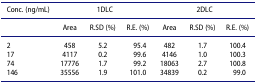
| Conc. (ng/mL) | <COLSPAN=3> 1DLC | <COLSPAN=3> 2DLC |
 |  | Area | R.SD (%) | R.E. (%) | Area | R.SD (%) | R.E. (%) |
 | --- | --- | --- | --- | --- | --- | --- |
 | 2 | 458 | 5.2 | 95.4 | 482 | 1.7 | 100.4 |
 | 17 | 4117 | 0.2 | 99.6 | 4146 | 1.0 | 100.3 |
 | 74 | 17776 | 1.7 | 99.2 | 18063 | 2.7 | 100.8 |
 | 146 | 35556 | 1.9 | 101.0 | 34839 | 0.2 | 99.0 |